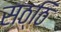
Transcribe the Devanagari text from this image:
सठ्ठि